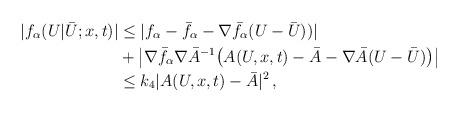
LaTeX: \begin{align*}| f_\alpha (U | \bar U;x,t) | &\le | f_\alpha - \bar f_\alpha - \nabla \bar f_\alpha (U-\bar U)) |\\&+ \left | \nabla \bar f_\alpha \nabla \bar A^{-1} \big (A(U,x,t) - \bar A - \nabla \bar A (U - \bar U) \big ) \right |\\&\le k_4 |A(U,x,t) - \bar A|^2 \, ,\end{align*}